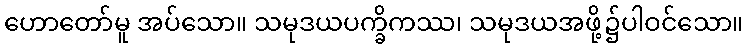
ဟောတော်မူ အပ်သော။ သမုဒယပက္ခိကဿ၊ သမုဒယအဖို့၌ပါဝင်သော။